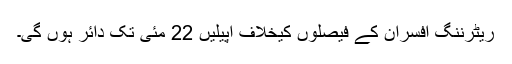
ریٹرننگ افسران کے فیصلوں کیخلاف اپیلیں 22 مئی تک دائر ہوں گی۔